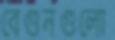
বেগুনগুলো